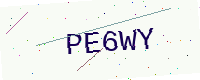
Text: PE6WY